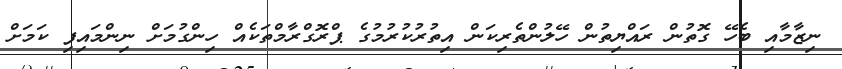
ނިޒާމާއި ބެހޭ ގޮތުން ރައްޔިތުން ހޭލުންތެރިކަން އިތުރުކުރުމުގެ ޕްރޮގްރާމްތަކެއް ހިންގުމަށް ނިންމައިފި ކަމަށް